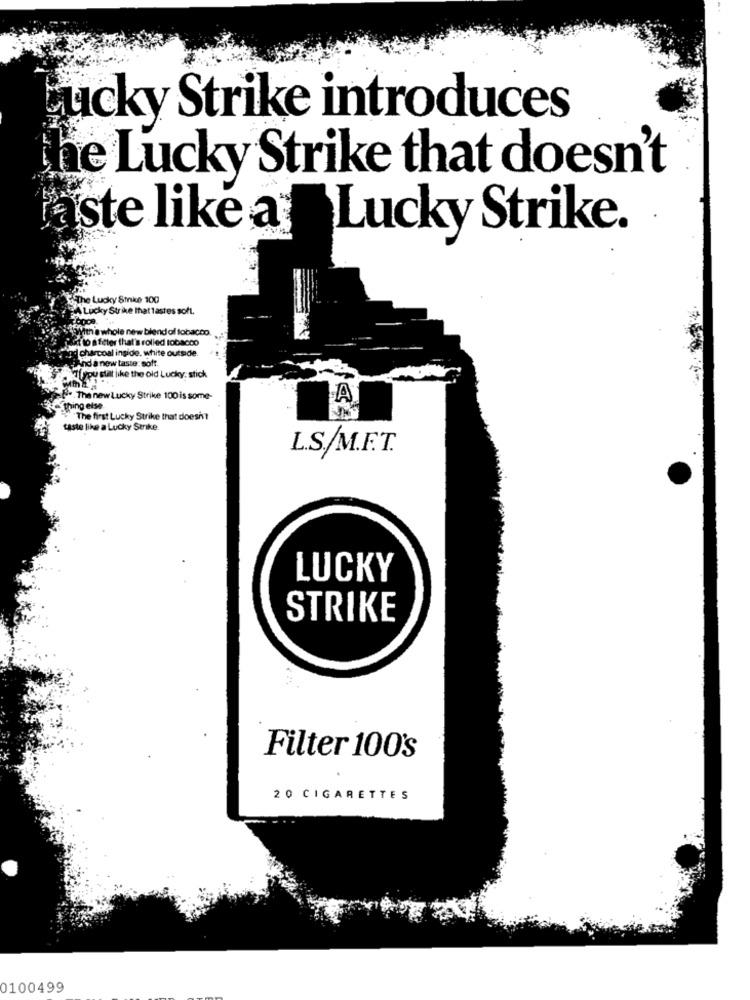
ucky Strike introduces
the Lucky Strike that doesn't
ste like a
Lucky Strike.
The Lucky Strike 100
A Lucky Strike Ihat tastes soft.
With a whole new blend of tobacco.
to afeter that's rolled tobacco
d charcoal inside. white outside.
and a new taste: soft.
Typy slat like the old Lucky: stick
.. . The new Lucky Strike 100 is some-
LA
thing else
"The first Lucky Strike that doesn't
taste like a Lucky Strike.
L.S/M.E.T.
LUCKY
STRIKE
Filter 100's
20 CIGARETTES
0100499